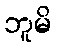
ဘူမိ